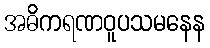
အဓိကရဏဝူပသမနေန